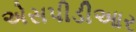
એસપીડીઆર